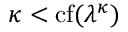
\kappa < \operatorname { c f } ( \lambda ^ { \kappa } )